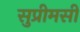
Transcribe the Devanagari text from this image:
सुप्रीमसी